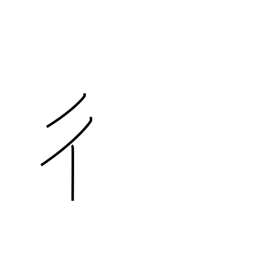
Meaning: going man radical (no. 60)